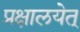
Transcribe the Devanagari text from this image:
प्रक्षालयेत्